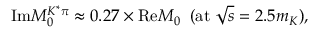
\mathrm { I m } M _ { 0 } ^ { K ^ { * } \pi } \approx 0 . 2 7 \times \mathrm { R e } M _ { 0 } \; \; ( \mathrm { a t } \; \sqrt { s } = 2 . 5 m _ { K } ) ,